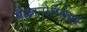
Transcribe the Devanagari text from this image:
मेकानोरिसेप्टर